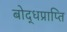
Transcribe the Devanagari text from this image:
बोद्धप्राप्ति